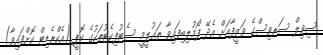
ސިވިލް ސަރވިސްގެ ވަޒީފާއަށް އެދޭ ފޯމުލިބިފައިވާ ތަޢުލީމީ ސެޓުފިކެޓުތަކުގެ ކޮޕީ (އެކްރެޑިޓް ކޮށްފައިވާ)